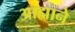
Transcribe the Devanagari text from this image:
आह्माने